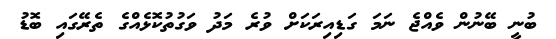
ބުނީ ބޭނުން ވެއްޖެ ނަމަ ގަޑިއިރަކަށް ވުރެ މަދު ވަގުތުކޮޅެއްގެ ތެރޭގައި ބޮޑު